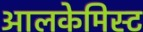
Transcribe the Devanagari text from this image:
आलकेमिस्ट